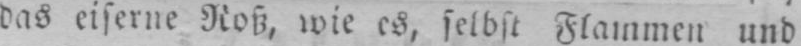
das eiserne Roß, wie es, selbst Flammen und